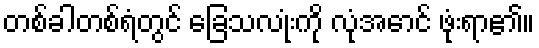
တစ်ခါတစ်ရံတွင် ခြေသလုံးကို လုံအောင် ဖုံးရာ၏။